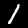
Label: 1